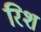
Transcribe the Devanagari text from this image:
रिश